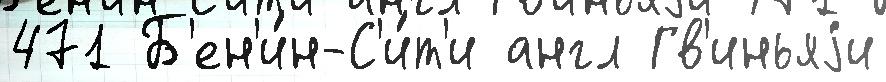
471 Б'ен'и́н-С'и́т'и англ Гв'иньяjи